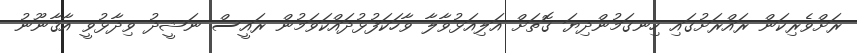
ރަށްވެރިކަން ރައްރަށުގައި ހިނގަމުންދިޔަ ގޮތަށް އަލިއަޅުވާލާ ވާހަކަފުޅުދައްކަވަމުން ރައީސް ނަޝީދު ވިދާޅުވީ އާޤާނޫނު